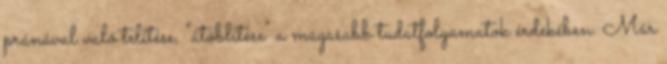
pránával való telítése, "átöblítése" a magasabb tudatfolyamatok érdekében. Már